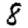
Digit: 8